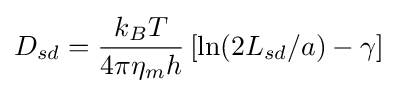
D_{sd}={\frac {k_{B}T}{4\pi \eta _{m}h}}\left[\ln(2L_{sd}/a)-\gamma \right]